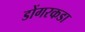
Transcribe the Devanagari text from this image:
डोंगरकडा